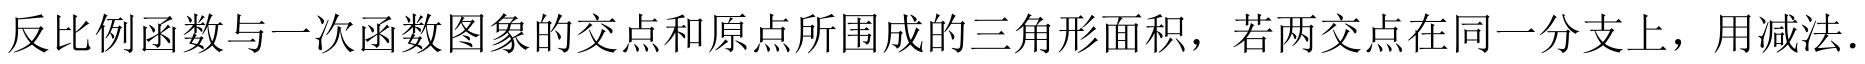
反比例函数与一次函数图象的交点和原点所围成的三角形面积，若两交点在同一分支上，用减法.